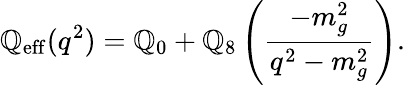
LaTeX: \mathbb{Q}_{\mathrm{{eff}}}(q^{2})=\mathbb{Q}_{0}+\mathbb{Q}_{8}\left(\frac{{-m_{g}^{2}}}{{q^{2}-m_{g}^{2}}}\right).